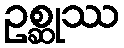
ဥစ္ဆုဿ